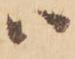
ハ